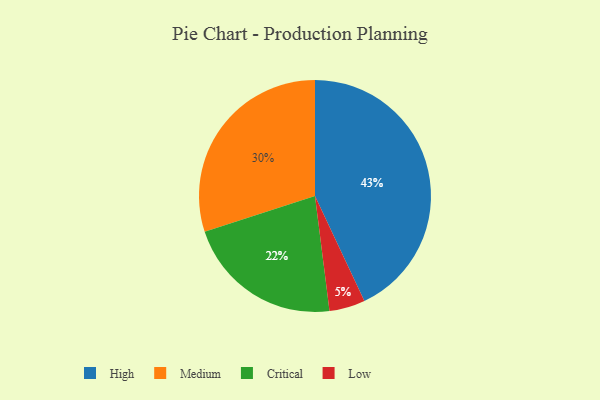
{"axis": {"x": "Category", "y": "Percentage"}, "legend": ["Critical", "High", "Low", "Medium"], "data": [{"x": "Medium", "y": 30, "type": "Medium"}, {"x": "Low", "y": 5, "type": "Low"}, {"x": "High", "y": 43, "type": "High"}, {"x": "Critical", "y": 22, "type": "Critical"}]}